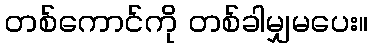
တစ်ကောင်ကို တစ်ခါမျှမပေး။